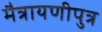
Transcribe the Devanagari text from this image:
मैत्रायणीपुत्र